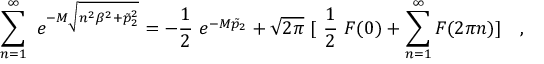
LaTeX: \sum _ { n = 1 } ^ { \infty } ~ e ^ { - M \sqrt { n ^ { 2 } \beta ^ { 2 } + \tilde { p } _ { 2 } ^ { 2 } } } = - \frac { 1 } { 2 } ~ e ^ { - M \tilde { p } _ { 2 } } + \sqrt { 2 \pi } ~ [ ~ \frac { 1 } { 2 } ~ F ( 0 ) + \sum _ { n = 1 } ^ { \infty } F ( 2 \pi n ) ] ~ ~ ~ ,